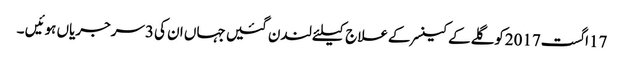
17اگست2017کوگلےکےکینسرکےعلاج کیلئےلندن گئیں جہاں ان کی 3سرجریاں ہوئیں ۔